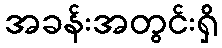
အခန်းအတွင်းရှိ